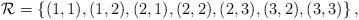
LaTeX: \begin{align*} \mathcal{R} = \left\{ (1,1), (1,2),(2,1), (2,2),(2,3),(3,2),(3,3)\right\}, \end{align*}